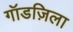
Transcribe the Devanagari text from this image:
गॉडज़िला